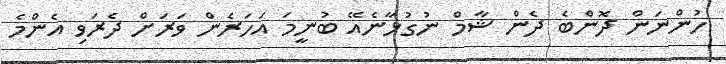
ހުންނަން ދޮންބެ ދެން ޝާމް ނުގުޅާނެއޭ ބުނީމަ އަހަރެން ވަރަށް ދެރަވި އެންމެ